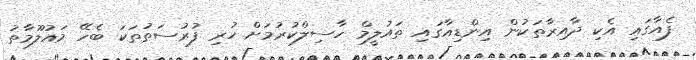
ފެއާގައި އެކި ދާއިރާތަކުން އިންޑިއާގައި ތައުލީމް ހާސިލްކުރުމަށް ހުރި ފުރުސަތުތަކަ ބެހޭ މައުލޫމާތު